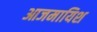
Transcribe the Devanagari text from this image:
आजमायिश